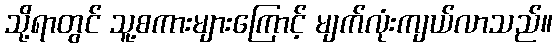
သို့ရာတွင် သူ့စကားများကြောင့် မျက်လုံးကျယ်လာသည်။